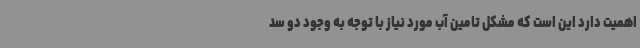
اهمیت دارد این است که مشکل تامین آب مورد نیاز با توجه به وجود دو سد